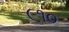
૯૧૦